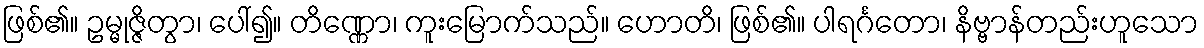
ဖြစ်၏။ ဥမ္မုဇ္ဇိတွာ၊ ပေါ်၍။ တိဏ္ဏော၊ ကူးမြောက်သည်။ ဟောတိ၊ ဖြစ်၏။ ပါရင်္ဂတော၊ နိဗ္ဗာန်တည်းဟူသော